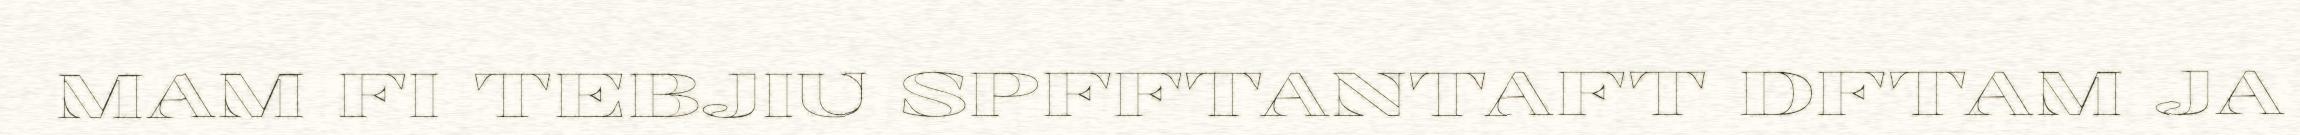
MAM FI TEBJIU SPFFTANTAFT DFTAM JA